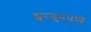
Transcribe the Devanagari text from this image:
इरगुनमध्ये